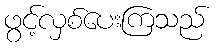
ဖွင့်လှစ်ပေးကြသည်